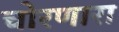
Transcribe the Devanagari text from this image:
चोरणारा